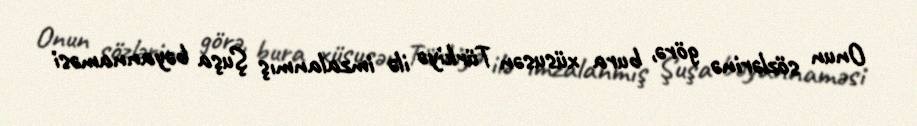
Onun sözlərinə görə, bura xüsusən Türkiyə ilə imzalanmış Şuşa bəyannaməsi